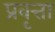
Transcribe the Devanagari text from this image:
प्रवृत्ता